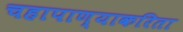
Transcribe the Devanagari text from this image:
चहापाण्याकरिता